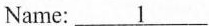
Name: \underline{1}